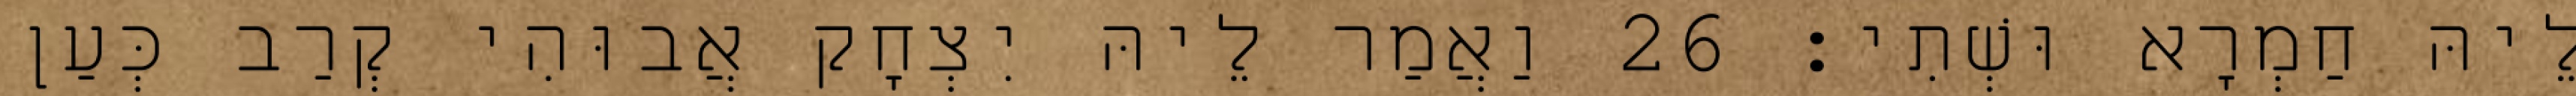
לֵיהּ חַמְרָא וּשְׁתִי׃ 26 וַאֲמַר לֵיהּ יִצְחָק אֲבוּהִי קְרַב כְּעַן